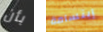
بأن إبتسامة